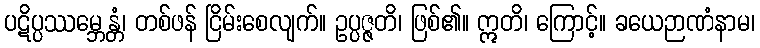
ပဋိပ္ပဿမ္ဘေန္တံ၊ တစ်ဖန် ငြိမ်းစေလျက်။ ဥပ္ပဇ္ဇတိ၊ ဖြစ်၏။ ဣတိ၊ ကြောင့်။ ခယေဉာဏံနာမ၊